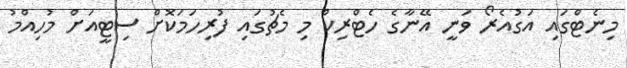
މިނެޓްގައި އަގުއެރޯ ވަނީ އޭނާގެ ހެޓްރިކް މި މެޗުގައި ފުރިހަމަކޮށް ސިޓީއަށް މުހިއްމު